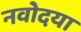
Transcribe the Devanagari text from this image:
नवोदया